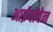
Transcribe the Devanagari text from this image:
आईयोवेन